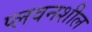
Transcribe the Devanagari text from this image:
प्लवनशील